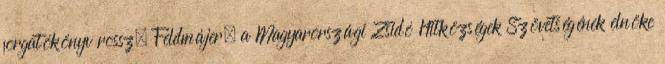
forgatókönyv rossz. Feldmájer, a Magyarországi Zsidó Hitközségek Szövetségének elnöke